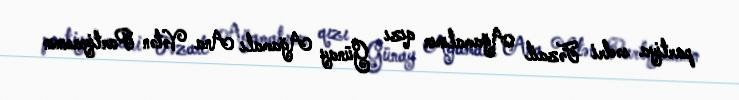
partiya sədri Fəzail Ağamalının qızı Günay Ağamalı Ana Vətən Partiyasının